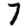
Digit: 7